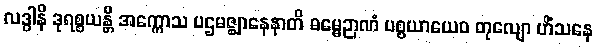
လဒ္ဓါနိ ဒုရစ္စယန္တိ အက္ကောသ ပဌမဇ္ဈာနေနာတိ ဓမ္မေဉာဏံ ပစ္စယာယေဝ တုလျော ဟိံသနေ